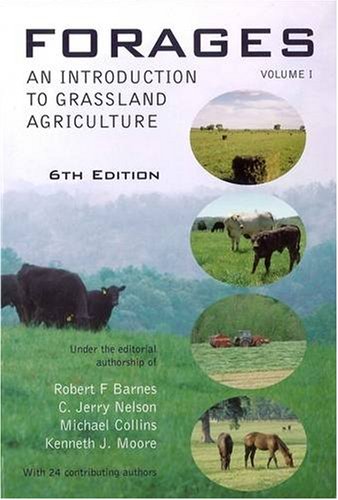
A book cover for Forages, Volume 1: An Introduction to Grassland Agriculture  (Volume I); Science & Math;